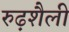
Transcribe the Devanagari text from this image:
रुढ़शैली